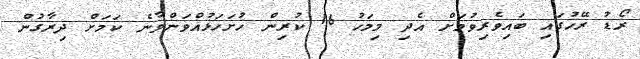
ރޯޑު ރޭހުގައި ބައިވެރިވުމަށް އެދި މިމަހު 16 ކުރިން ހުށަހަޅުއްވަންވާނެ ކަމަށް ދިރާގުން